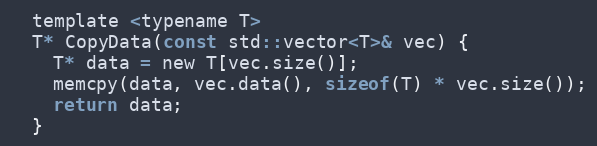
Language: C
  template <typename T>
  T* CopyData(const std::vector<T>& vec) {
    T* data = new T[vec.size()];
    memcpy(data, vec.data(), sizeof(T) * vec.size());
    return data;
  }